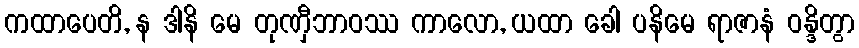
ကထာပေတိ, န ဒါနိ မေ တုဏှီဘာဝဿ ကာလော, ယထာ ခေါ ပနိမေ ရာဇာနံ ဝန္ဒိတွာ